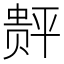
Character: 𲃆